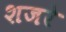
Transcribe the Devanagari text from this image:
शजरे